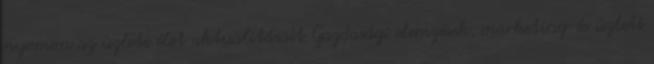
nyomon az üzleti élet aktualitásait Gazdasági elemzések, marketing-és üzleti